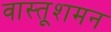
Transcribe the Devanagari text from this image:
वास्तूशमन